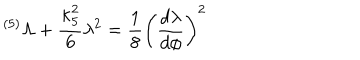
{ } ^ { ( 5 ) } \Lambda + { \frac { \kappa _ { 5 } ^ { 2 } } { 6 } } \lambda ^ { 2 } = { \frac { 1 } { 8 } } \left( { \frac { d \lambda } { d \phi } } \right) ^ { 2 }